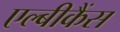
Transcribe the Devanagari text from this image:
एल्‍बीकैंस